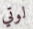
لوتي